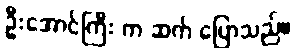
ဦးအောင်ကြီး က ဆက် ပြောသည်။